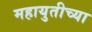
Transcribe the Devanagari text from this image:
महायुतीच्या